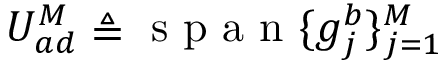
U _ { a d } ^ { M } \triangleq \mathrm { ~ s ~ p ~ a ~ n ~ } \{ g _ { j } ^ { b } \} _ { j = 1 } ^ { M }